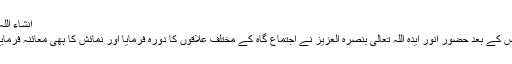
انشاء اللہ)
اس کے بعد حضور انور ایدہ اللہ تعالیٰ بنصرہ العزیز نے اجتماع گاہ کے مختلف علاقوں کا دورہ فرمایا اور نمائش کا بھی معائنہ فرمایا۔